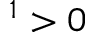
^ 1 > 0